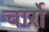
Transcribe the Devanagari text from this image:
चार्रो